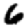
Digit: 6